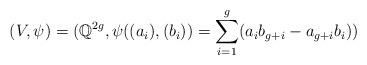
LaTeX: \begin{align*}(V,\psi) = (\mathbb Q^{2g},\psi((a_i),(b_i)) = \sum_{i=1}^g (a_i b_{g+i} - a_{g+i} b_i))\end{align*}